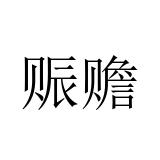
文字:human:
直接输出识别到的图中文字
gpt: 赈赡